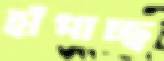
হাঁপাচ্ছ